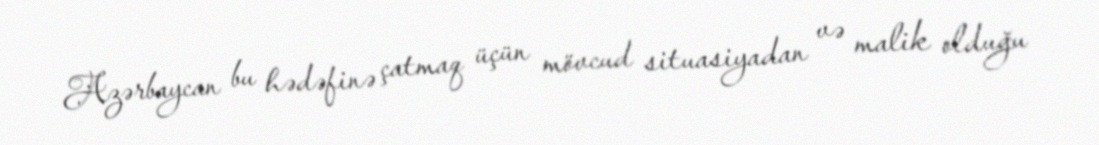
Azərbaycan bu hədəfinə çatmaq üçün mövcud situasiyadan və malik olduğu